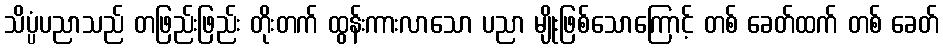
သိပ္ပံပညာသည် တဖြည်းဖြည်း တိုးတက် ထွန်းကားလာသော ပညာ မျိုးဖြစ်သောကြောင့် တစ် ခေတ်ထက် တစ် ခေတ်